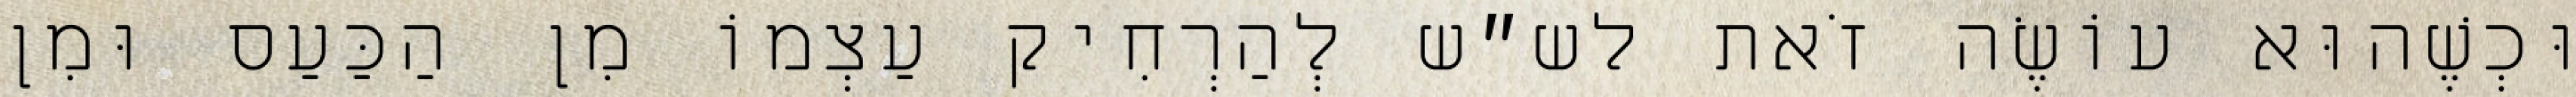
וּכְשֶׁהוּא עוֹשֶׂה זֹאת לש״ש לְהַרְחִיק עַצְמוֹ מִן הַכַּעַס וּמִן